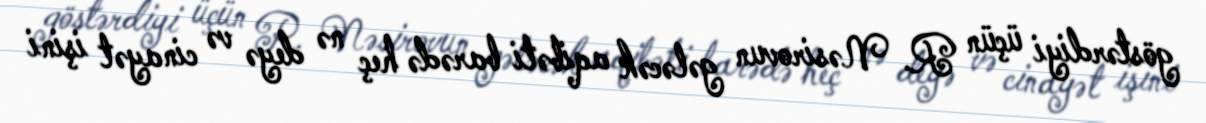
göstərdiyi üçün R. Nəsirovun gələcək aqibəti barədə heç nə deyə və cinayət işini